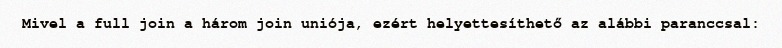
Mivel a full join a három join uniója, ezért helyettesíthető az alábbi paranccsal: